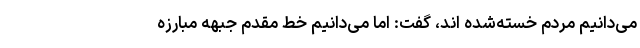
می‌دانیم مردم خسته‌شده اند، گفت: اما می‌دانیم خط مقدم جبهه مبارزه